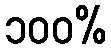
၁၀၀%